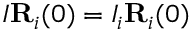
I { \bf R } _ { i } ( 0 ) = I _ { i } { \bf R } _ { i } ( 0 )